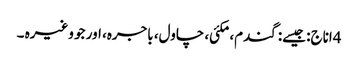
4اناج: جیسے: گندم، مکئی، چاول، باجرہ، اور جو وغیرہ ۔